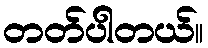
တတ်ပါတယ်။